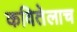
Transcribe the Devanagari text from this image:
कवितेलाच